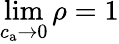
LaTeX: \operatorname*{lim}_{c_{\mathrm{a}}\to 0}{\rho}=1